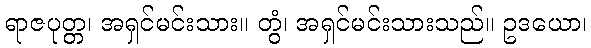
ရာဇပုတ္တ၊ အရှင်မင်းသား။ တွံ၊ အရှင်မင်းသားသည်။ ဥဒယော၊